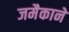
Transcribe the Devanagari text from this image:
जमैकाने